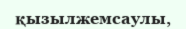
қызылжемсаулы,